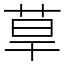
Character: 䓍